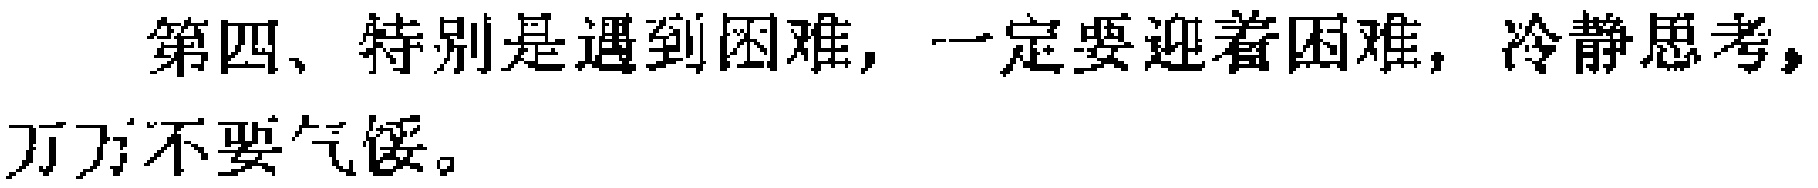
第四、特别是遇到困难，一定要迎着困难，冷静思考，万万不要气馁。